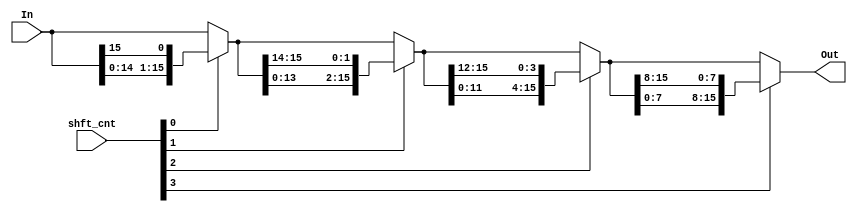
module rotate_left(In, shft_cnt, Out);

    input [15:0] In;
    input [3:0] shft_cnt;

    output [15:0] Out;

    wire [15:0] rotl_1, rotl_2, rotl_4, rotl_8;
    wire [15:0] rotl_1_out, rotl_2_out, rotl_4_out;

    //4 stages of rotation
    assign rotl_1 = {In[14:0], In[15]};
    assign rotl_1_out = shft_cnt[0] ? rotl_1 : In;

    assign rotl_2 = {rotl_1_out[13:0], rotl_1_out[15:14]};
    assign rotl_2_out = shft_cnt[1] ? rotl_2 : rotl_1_out;

    assign rotl_4 = {rotl_2_out[11:0], rotl_2_out[15:12]};
    assign rotl_4_out = shft_cnt[2] ? rotl_4 : rotl_2_out;

    assign rotl_8 = {rotl_4_out[7:0], rotl_4_out[15:8]};
    assign Out = shft_cnt[3] ? rotl_8 : rotl_4_out;

endmodule